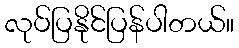
လုပ်ပြနိုင်ပြန်ပါတယ်။